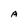
Character: A